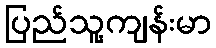
ပြည်သူ့ကျန်းမာ